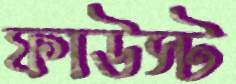
ফাউস্ট